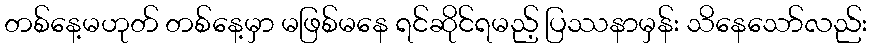
တစ်နေ့မဟုတ် တစ်နေ့မှာ မဖြစ်မနေ ရင်ဆိုင်ရမည့် ပြဿနာမှန်း သိနေသော်လည်း